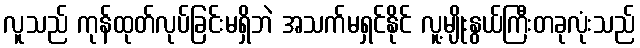
လူသည် ကုန်ထုတ်လုပ်ခြင်းမရှိဘဲ အသက်မရှင်နိုင် လူ့မျိုးနွယ်ကြီးတခုလုံးသည်